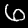
Label: 6